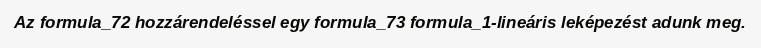
Az formula_72 hozzárendeléssel egy formula_73 formula_1-lineáris leképezést adunk meg.